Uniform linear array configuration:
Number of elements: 16
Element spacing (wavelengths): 0.75
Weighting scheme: kaiser
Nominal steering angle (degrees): -15
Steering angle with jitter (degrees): -13.686
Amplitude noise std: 0.05
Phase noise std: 0.05

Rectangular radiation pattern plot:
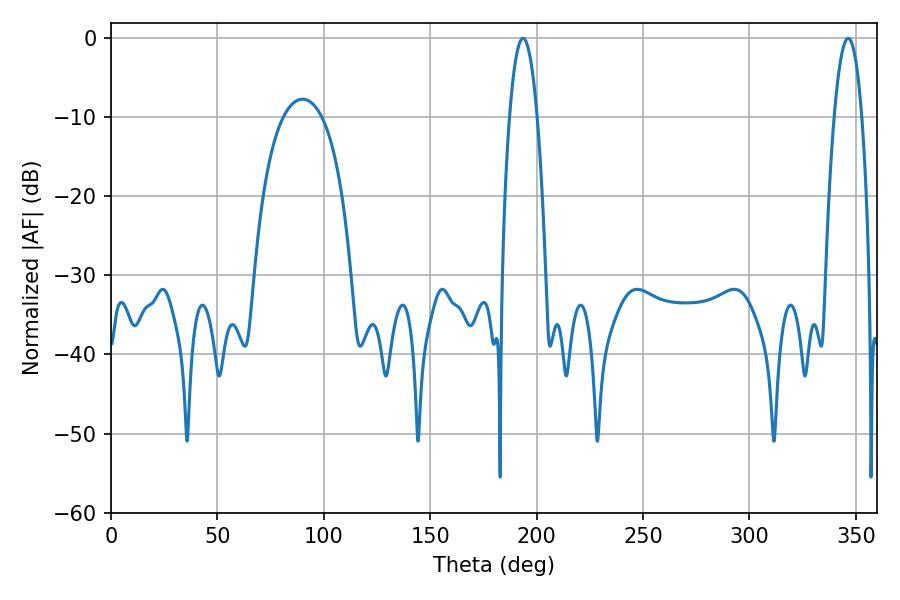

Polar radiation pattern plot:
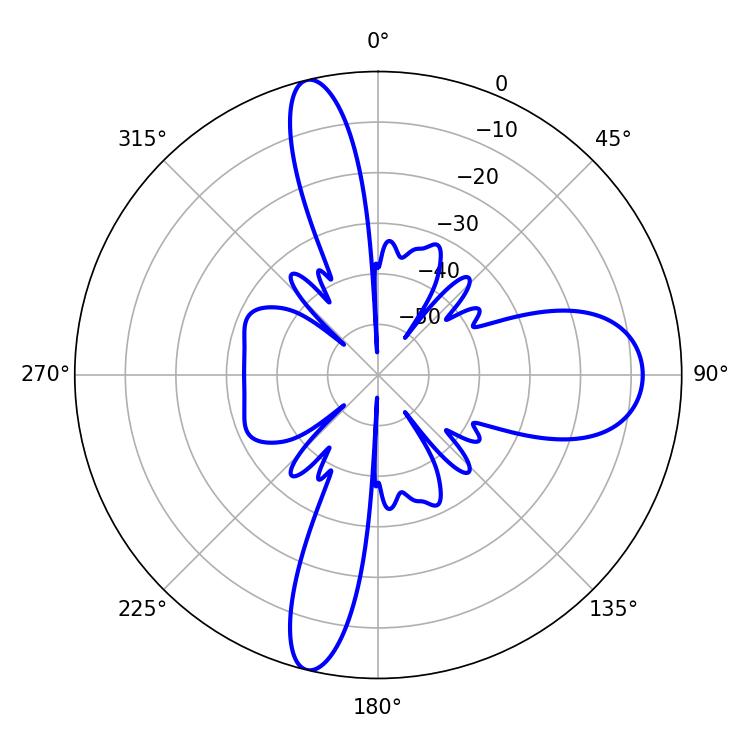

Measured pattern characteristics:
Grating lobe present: TRUE
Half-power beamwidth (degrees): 7.2
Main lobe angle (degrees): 193.68